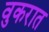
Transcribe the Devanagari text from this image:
वुकरात